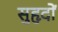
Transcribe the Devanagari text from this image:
सुहृदों